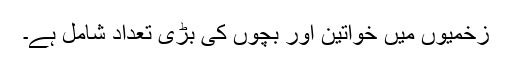
زخمیوں میں خواتین اور بچوں کی بڑی تعداد شامل ہے۔